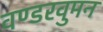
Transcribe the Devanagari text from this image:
वण्डरवुमन